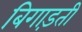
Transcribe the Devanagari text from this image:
बिगाड़ती